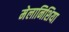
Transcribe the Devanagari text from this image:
मेलानिशिया